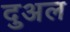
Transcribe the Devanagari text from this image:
दुअल